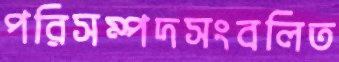
পরিসম্পদসংবলিত